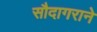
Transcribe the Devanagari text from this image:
सौदागराने